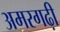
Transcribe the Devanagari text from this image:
अमरगढ़ी